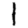
Digit: 1